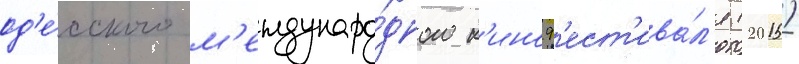
од'е́сского м'еждунаро́дного к'иноф'ест'ива́л'я (2015)